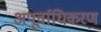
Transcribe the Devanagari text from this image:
अपूर्वाधिकरण